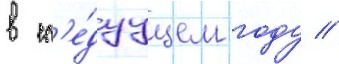
в сл'е́дуущем году //